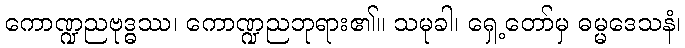
ကောဏ္ဍညဗုဒ္ဓဿ၊ ကောဏ္ဍညဘုရား၏။ သမုခါ၊ ရှေ့တော်မှ ဓမ္မဒေသနံ၊